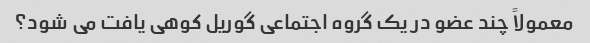
معمولاً چند عضو در یک گروه اجتماعی گوریل کوهی یافت می شود؟